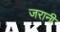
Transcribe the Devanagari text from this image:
जरानी